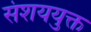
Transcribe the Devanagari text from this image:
संशययुक्त